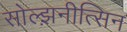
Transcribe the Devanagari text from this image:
सोल्झ़नीत्सिन